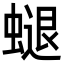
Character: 螁